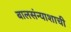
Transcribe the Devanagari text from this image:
बालसंन्याशाची